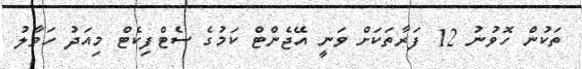
ތަކުން ހޮވުނު 12 ފަރާތަކަށް ވަނީ އޭޖެންޓް ކަމުގެ ސެޓްފިކެޓް މިއަދު ހަވާލު